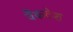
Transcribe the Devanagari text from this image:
वैंकटेश